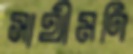
সাথীমণি